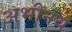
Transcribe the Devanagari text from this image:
अभीनय